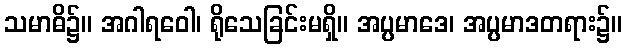
သမာဓိ၌။ အဂါရဝေါ၊ ရိုသေခြင်းမရှိ။ အပ္ပမာဒေ၊ အပ္ပမာဒတရား၌။